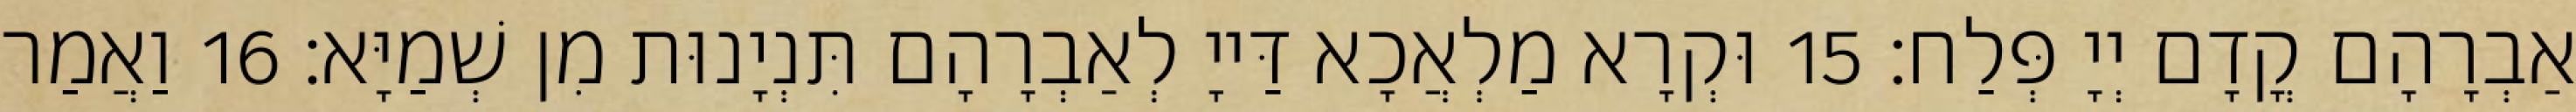
אַבְרָהָם קֳדָם יְיָ פְּלַח׃ 15 וּקְרָא מַלְאֲכָא דַּייָ לְאַבְרָהָם תִּנְיָנוּת מִן שְׁמַיָּא׃ 16 וַאֲמַר